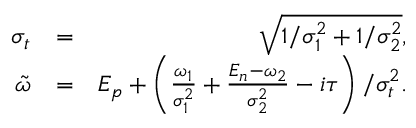
\begin{array} { r l r } { \sigma _ { t } } & { = } & { \sqrt { 1 / \sigma _ { 1 } ^ { 2 } + 1 / \sigma _ { 2 } ^ { 2 } } , } \\ { \tilde { \omega } } & { = } & { E _ { p } + \left( \frac { \omega _ { 1 } } { \sigma _ { 1 } ^ { 2 } } + \frac { E _ { n } - \omega _ { 2 } } { \sigma _ { 2 } ^ { 2 } } - i \tau \right) / \sigma _ { t } ^ { 2 } . } \end{array}